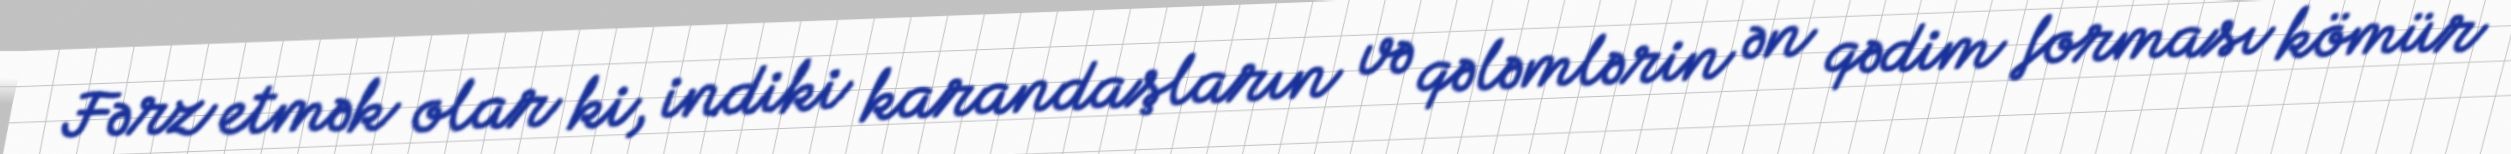
Fərz etmək olar ki, indiki karandaşların və qələmlərin ən qədim forması kömür